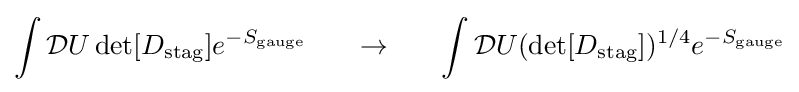
\int {\mathcal {D}}U\det[D_{\text{stag}}]e^{-S_{\text{gauge}}}\ \ \ \ \ \rightarrow \ \ \ \ \ \int {\mathcal {D}}U(\det[D_{\text{stag}}])^{1/4}e^{-S_{\text{gauge}}}